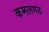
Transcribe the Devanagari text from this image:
कमलगड